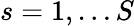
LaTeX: s=1,\ldots S